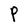
Character: P